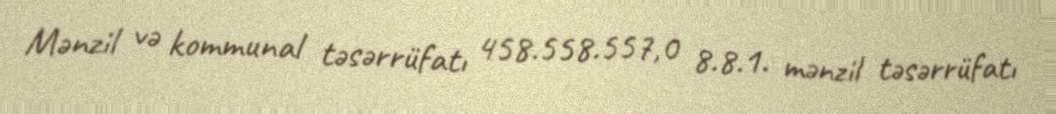
Mənzil və kommunal təsərrüfatı 458.558.557,0 8.8.1. mənzil təsərrüfatı